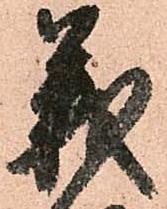
義